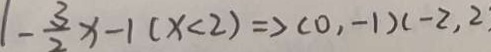
1 - \frac { 3 } { 2 } x - 1 ( x < 2 ) > ( 0 , - 1 ) ( - 2 , 2